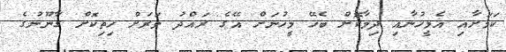
ކަމަށާއި އެމީހުނާއި ދިމާކޮށް ބެހޭ މީހުނަށް އޭގެ ރައްދު ވަރަށް ހިތިކޮށް ގާނޫނުގެ